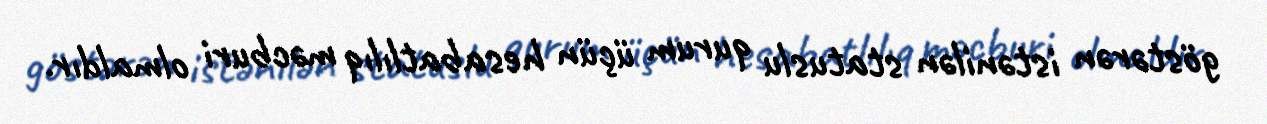
göstərən istənilən statuslu qurum üçün hesabatlılıq məcburi olmaldır.